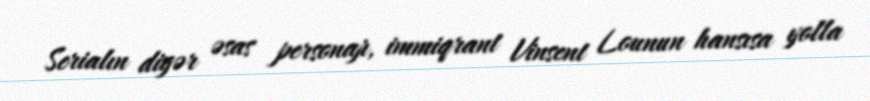
Serialın digər əsas personajı, immiqrant Vinsent Lounun hansısa yolla